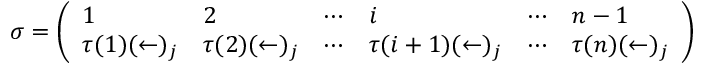
\sigma = { \left( \begin{array} { l l l l l l } { 1 } & { 2 } & { \cdots } & { i } & { \cdots } & { n - 1 } \\ { \tau ( 1 ) ( \leftarrow ) _ { j } } & { \tau ( 2 ) ( \leftarrow ) _ { j } } & { \cdots } & { \tau ( i + 1 ) ( \leftarrow ) _ { j } } & { \cdots } & { \tau ( n ) ( \leftarrow ) _ { j } } \end{array} \right) }